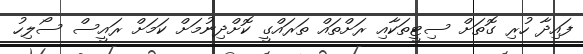
ފައިދާ ހުރި ގޮތަށް ސިޓީތަކާއި ރަށްތައް ތަރައްގީ ކޮށްދިނުމަށް ކަމަށް ރައީސް ސޯލިހު